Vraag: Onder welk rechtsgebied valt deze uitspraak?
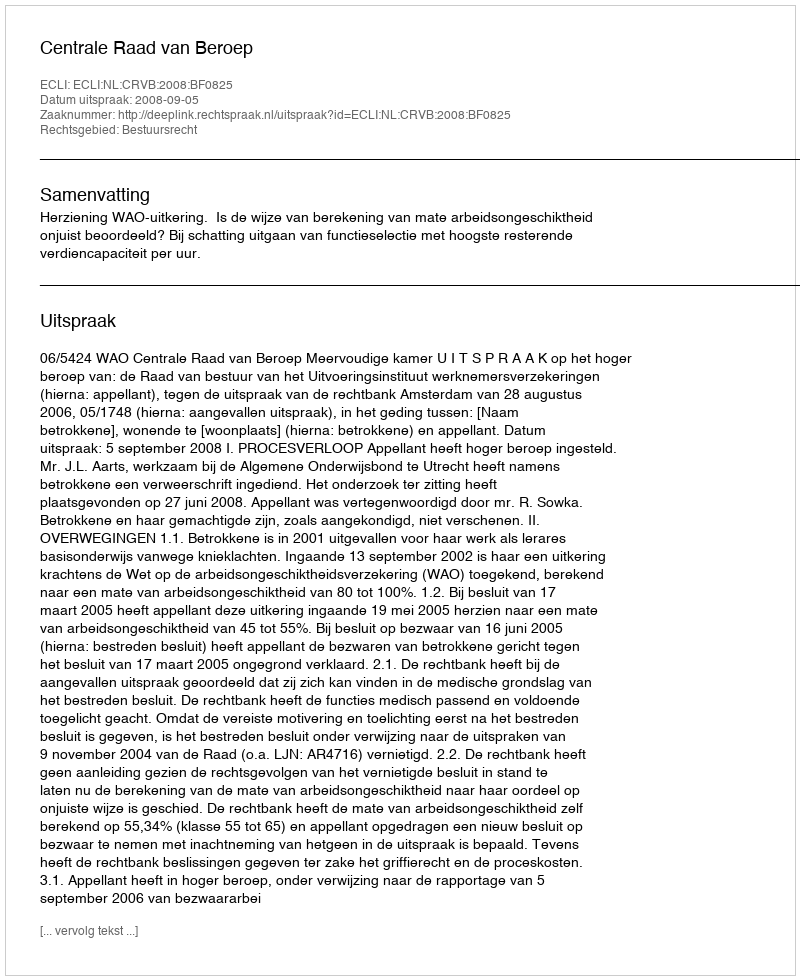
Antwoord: Bestuursrecht